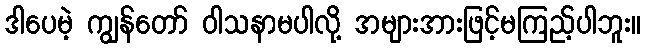
ဒါပေမဲ့ ကျွန်တော် ဝါသနာမပါလို့ အများအားဖြင့်မကြည့်ပါဘူး။